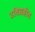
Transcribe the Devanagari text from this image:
उधिग्रहीत